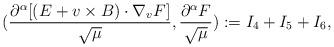
LaTeX: \begin{align*}(\frac{\partial^{\alpha}[(E+v\times B)\cdot\nabla_{v}F]}{\sqrt{\mu}},\frac{\partial^{\alpha}F}{\sqrt{\mu}}):=I_4+I_5+I_6,\end{align*}